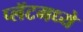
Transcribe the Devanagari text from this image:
प्लॅटमध्ये